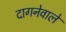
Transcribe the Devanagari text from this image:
दागनेवाले